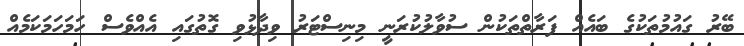
ބޭރު ގައުމުތަކުގެ ބައެއް ފަރާތްތަކުން ސުވާލުކުރަނީ މިނިސްޓަރު ވިދާޅުވި ގޮތުގައި އެއްވެސް ހަމަހަމަކަމެއް